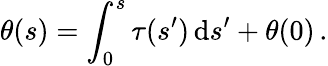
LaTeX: \theta(s)=\int_{0}^{s}\tau(s^{\prime})\, \mathrm{d}s^{\prime}+\theta(0)\, .